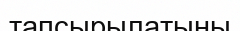
тапсырылатыны